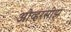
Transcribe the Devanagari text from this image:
ओव्हरसीझ